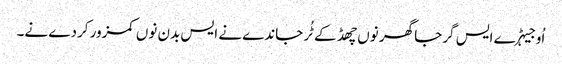
اُو جیہڑے ایس گرجا گھر نوں چھڈ کے ٹُر جاندے نے ایس بدن نوں کمزور کردے نے۔